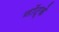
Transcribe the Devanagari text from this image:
नॉट्के